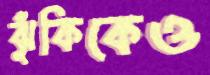
ঝুঁকিকেও